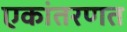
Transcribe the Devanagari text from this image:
एकांतरणत